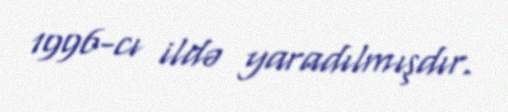
1996-cı ildə yaradılmışdır.